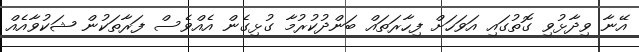
އޭނާ ވިދާޅުވި ގޮތުގައި އަވަހަށް ފިހާރަތައް ބަންދުކުރުމާ ގުޅިގެން އެއްވެސް ފަރާތަކުން ޝަކުވާއެއް